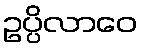
ဥပ္ပိလာဝေ